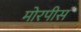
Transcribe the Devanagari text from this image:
मोरपीस